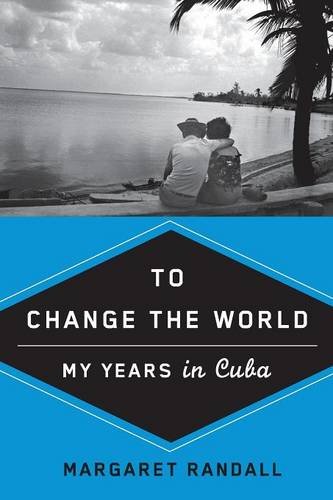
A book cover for To Change the World: My Years in Cuba; Margaret Randall; Biographies & Memoirs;